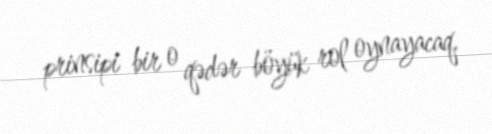
prinsipi bir o qədər böyük rol oynayacaq.